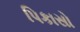
પિકાસો